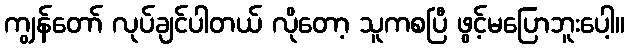
ကျွန်တော် လုပ်ချင်ပါတယ် လိုတော့ သူကစပြီ ဖွင့်မပြောဘူးပေါ့။